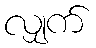
လျှက်